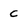
Character: C